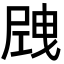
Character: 𡲝